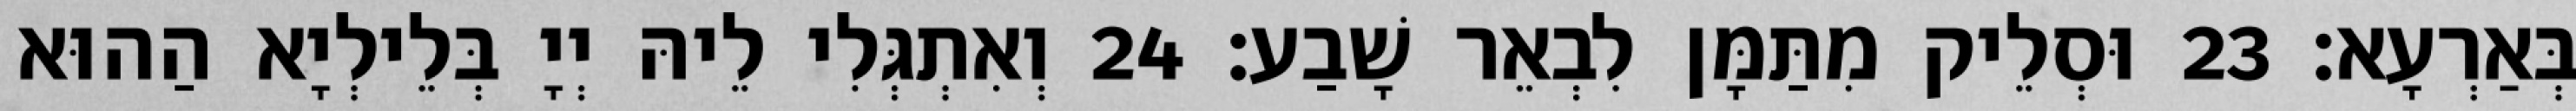
בְּאַרְעָא׃ 23 וּסְלֵיק מִתַּמָּן לִבְאֵר שָׁבַע׃ 24 וְאִתְגְּלִי לֵיהּ יְיָ בְּלֵילְיָא הַהוּא